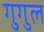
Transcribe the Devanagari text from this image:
गुगुल